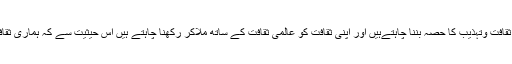
یہ صحیح ہے کہ ہم عالمى ثقافت وتہذیب کا حصہ بننا چاہتےہیں اور اپنى ثقافت کو عالمى ثقافت کے ساتھ ملاکر رکهنا چاہتے ہیں اس حیثیت سے کہ ہمارى ثقافت میں کوئى فرق نہ پڑے۔